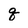
Character: q